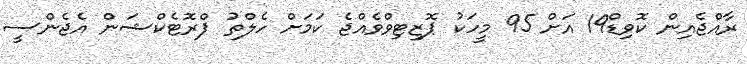
ރާއްޖެއިން ކޮވިޑް19 އަށް 95 މީހަކު ޕޮޒިޓިވްވެއްޖެ ކަމަށް ހެލްތު ޕްރޮޓެކްޝަން އެޖެންސީ